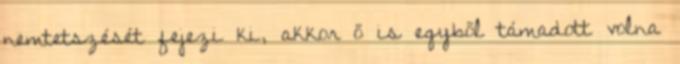
nemtetszését fejezi ki, akkor ő is egyből támadott volna